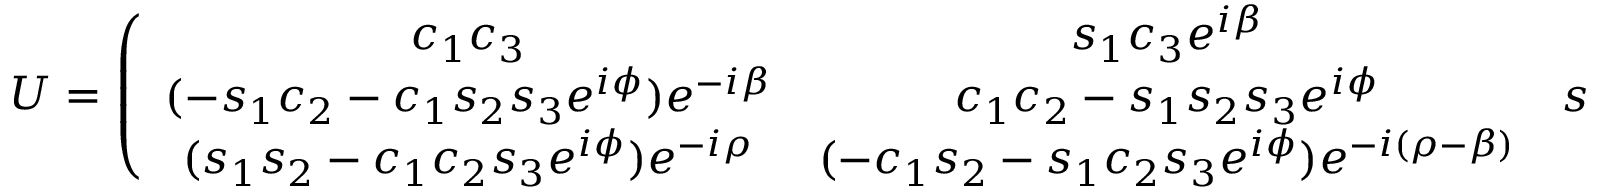
U = \left( \begin{array} { c c c } { { c _ { 1 } c _ { 3 } } } & { { s _ { 1 } c _ { 3 } e ^ { i \beta } } } & { { s _ { 3 } e ^ { i ( \rho - \phi ) } } } \\ { { ( - s _ { 1 } c _ { 2 } - c _ { 1 } s _ { 2 } s _ { 3 } e ^ { i \phi } ) e ^ { - i \beta } } } & { { c _ { 1 } c _ { 2 } - s _ { 1 } s _ { 2 } s _ { 3 } e ^ { i \phi } } } & { { s _ { 2 } c _ { 3 } e ^ { i ( \rho - \beta ) } } } \\ { { ( s _ { 1 } s _ { 2 } - c _ { 1 } c _ { 2 } s _ { 3 } e ^ { i \phi } ) e ^ { - i \rho } } } & { { ( - c _ { 1 } s _ { 2 } - s _ { 1 } c _ { 2 } s _ { 3 } e ^ { i \phi } ) e ^ { - i ( \rho - \beta ) } } } & { { c _ { 2 } c _ { 3 } } } \end{array} \right) .